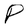
Character: P